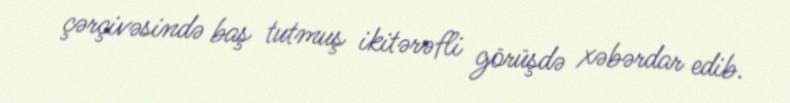
çərçivəsində baş tutmuş ikitərəfli görüşdə xəbərdar edib.